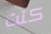
كنت